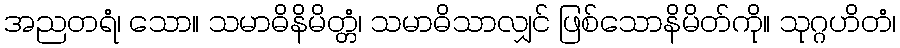
အညတရံ၊ သော။ သမာဓိနိမိတ္တံ၊ သမာဓိသာလျှင် ဖြစ်သောနိမိတ်ကို။ သုဂ္ဂဟိတံ၊